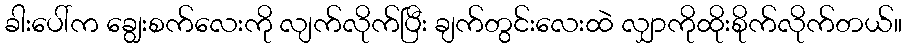
ခါးပေါ်က ချွေးစက်လေးကို လျက်လိုက်ပြီး ချက်တွင်းလေးထဲ လျှာကိုထိုးစိုက်လိုက်တယ်။